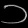
Digit: ၁